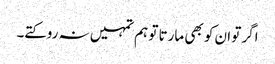
اگر تو ان کو بھی مارتا تو ہم تمہیں نہ روکتے۔